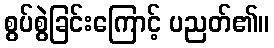
စွပ်စွဲခြင်းကြောင့် ပညတ်၏။